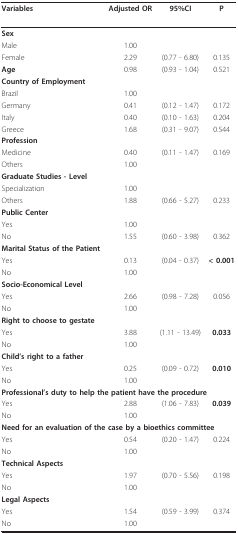
| Variables | Adjusted OR | 95%CI | P |
 | --- | --- | --- | --- |
 | Sex |  |  |  |
 | Male | 1.00 |  |  |
 | Female | 2.29 | (0.77 - 6.80) | 0.135 |
 | Age | 0.98 | (0.93 - 1.04) | 0.521 |
 | Country of Employment |  |  |  |
 | Brazil | 1.00 |  |  |
 | Germany | 0.41 | (0.12 - 1.47) | 0.172 |
 | Italy | 0.40 | (0.10 - 1.63) | 0.204 |
 | Greece | 1.68 | (0.31 - 9.07) | 0.544 |
 | Profession |  |  |  |
 | Medicine | 0.40 | (0.11 - 1.47) | 0.169 |
 | Others | 1.00 |  |  |
 | Graduate Studies - Level |  |  |  |
 | Specialization | 1.00 |  |  |
 | Others | 1.88 | (0.66 - 5.27) | 0.233 |
 | Public Center |  |  |  |
 | Yes | 1.00 |  |  |
 | No | 1.55 | (0.60 - 3.98) | 0.362 |
 | Marital Status of the Patient |  |  |  |
 | Yes | 0.13 | (0.04 - 0.37) | < 0.001 |
 | No | 1.00 |  |  |
 | Socio-Economical Level |  |  |  |
 | Yes | 2.66 | (0.98 - 7.28) | 0.056 |
 | No | 1.00 |  |  |
 | Right to choose to gestate |  |  |  |
 | Yes | 3.88 | (1.11 - 13.49) | 0.033 |
 | No | 1.00 |  |  |
 | Child's right to a father |  |  |  |
 | Yes | 0.25 | (0.09 - 0.72) | 0.010 |
 | No | 1.00 |  |  |
 | Professional's duty to help the patient have the procedure |  |  |  |
 | Yes | 2.88 | (1.06 - 7.83) | 0.039 |
 | No | 1.00 |  |  |
 | Need for an evaluation of the case by a bioethics committee |  |  |  |
 | Yes | 0.54 | (0.20 - 1.47) | 0.224 |
 | No | 1.00 |  |  |
 | Technical Aspects |  |  |  |
 | Yes | 1.97 | (0.70 - 5.56) | 0.198 |
 | No | 1.00 |  |  |
 | Legal Aspects |  |  |  |
 | Yes | 1.54 | (0.59 - 3.99) | 0.374 |
 | No | 1.00 |  |  |